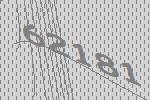
62181